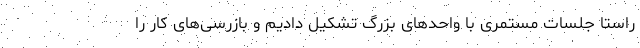
راستا جلسات مستمری با واحدهای بزرگ تشکیل دادیم و بازرسی‌های کار را